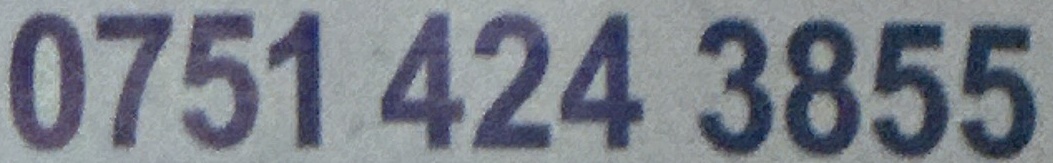
0751 424 3855